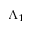
\Lambda _ { 1 }